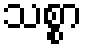
သစ္စာ